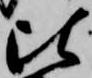
比